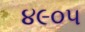
૪૯૦૫